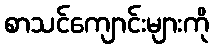
စာသင်ကျောင်းများကို